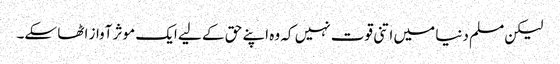
لیکن مسلم دنیا میں اتنی قوت نہیں کہ وہ اپنے حق کے لیے ایک موثر آواز اٹھا سکے۔